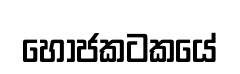
හෝජකටකයේ